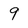
Character: 9